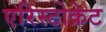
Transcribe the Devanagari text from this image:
एरिस्टोक्रेट